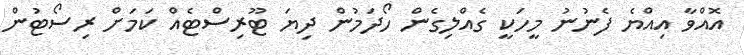
އޮއްވާ އިއްޔެ ފެނުނު މީހަކީ ގެއްލިގެން ހޯދަމުން ދިޔަ ޓޫރިސްޓެއް ކަމަށް ރިސޯޓުން